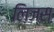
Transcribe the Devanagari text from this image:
लिज्स